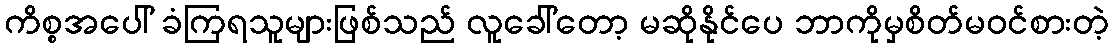
ကိစ္စအပေါ် ခံကြရသူများဖြစ်သည် လူခေါ်တော့ မဆိုနိုင်ပေ ဘာကိုမှစိတ်မဝင်စားတဲ့